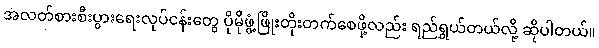
အလတ်စားစီးပွားရေးလုပ်ငန်းတွေ ပိုမိုဖွံ့ဖြိုးတိုးတက်စေဖို့လည်း ရည်ရွယ်တယ်လို့ ဆိုပါတယ်။